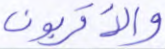
والأقربون